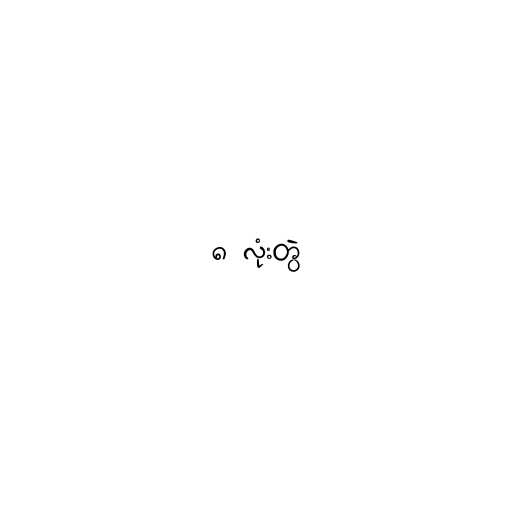
၈ လုံးတွဲ